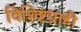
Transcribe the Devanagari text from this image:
विशिष्टग्राही